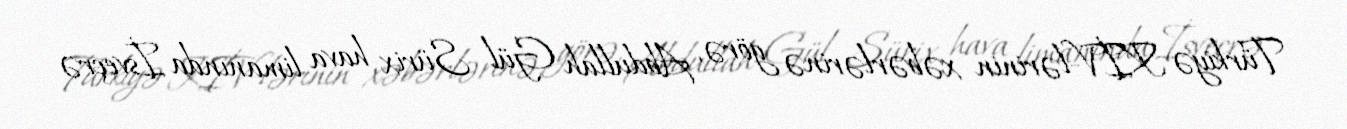
Türkiyə KİV-lərinin xəbərlərinə görə, Abdullah Gül Sürix hava limanında İsveçrə